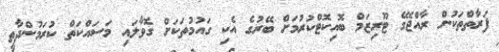
ފަރާތްތަކުން ރާއްޖޭގެ ޓޫރިޒަމް ބޮއިކޮޓްކުރުމަށް ބޭރުގެ އެކި ގައުމުތަކަށް ގޮވާލައި މަސައްކަތް ކުރަމުންދާތީ